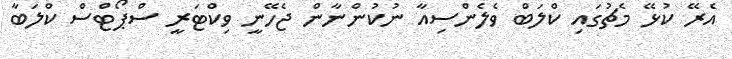
އެރޭ ކުޅޭ މެޗުގައި ކްލަބް ވެލެންސިއާ ނުކުންނާން ޖެހޭނީ ވިކްޓަރީ ސްޕޯޓްސް ކްލަބާ